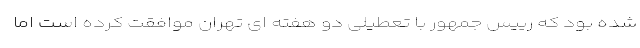
شده بود که رییس جمهور با تعطیلی دو هفته ای تهران موافقت کرده است اما